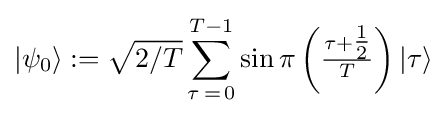
|\psi _{0}\rangle :={\sqrt {2/T}}\sum _{\tau \mathop {=} 0}^{T-1}\sin \pi \left({\tfrac {\tau +{\tfrac {1}{2}}}{T}}\right)|\tau \rangle